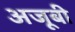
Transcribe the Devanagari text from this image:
अजूबी